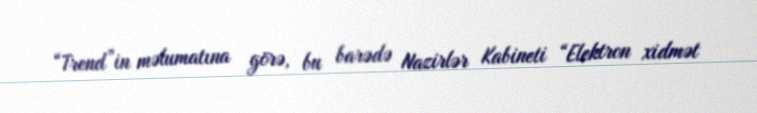
“Trend”in məlumatına görə, bu barədə Nazirlər Kabineti “Elektron xidmət